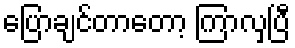
ပြောချင်တာတော့ ကြာလှပြီ